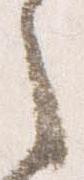
之